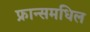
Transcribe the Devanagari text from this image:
फ्रान्समधिल